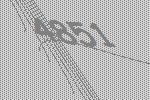
4851